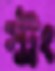
স্ট্রং